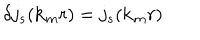
LaTeX: \delta j _ { s } ( { \bf { k } } _ { m } r ) = j _ { s } ( { \bf { k } } _ { m } r )